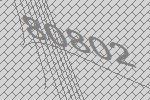
80802